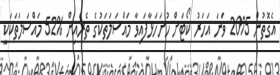
އެގޮތުން 2015 ވަނަ އަހަރު ކޯޓަށް ހުށަހަޅާފައިވާ މައްސަލަތަކުގެ ތެރެއިން %52 މައްސަލަތަކަކީ